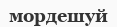
мордешуй